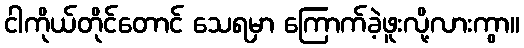
ငါကိုယ်တိုင်တောင် သေရမှာ ကြောက်ခဲ့ဖူးလို့လားကွာ။